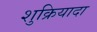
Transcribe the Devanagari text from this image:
शुक्रियादा